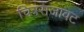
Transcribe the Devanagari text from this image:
चित्रसजावट